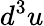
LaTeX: d^{3}u